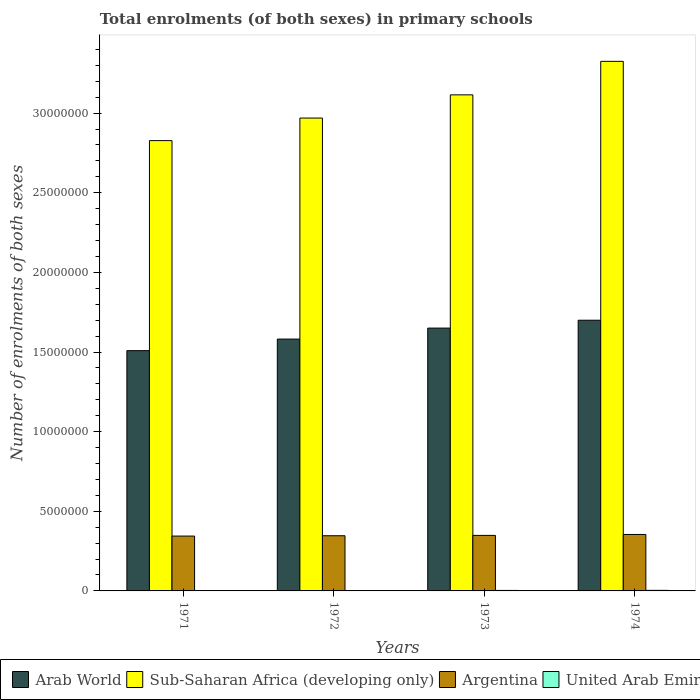
| Years | Arab World | Sub-Saharan Africa (developing only) | Argentina | United Arab Emirates |
 | --- | --- | --- | --- | --- |
 | 1971 | 1.51e+07 | 2.83e+07 | 3.44e+06 | 2.2e+04 |
 | 1972 | 1.58e+07 | 2.97e+07 | 3.46e+06 | 2.61e+04 |
 | 1973 | 1.65e+07 | 3.11e+07 | 3.49e+06 | 3.05e+04 |
 | 1974 | 1.7e+07 | 3.32e+07 | 3.54e+06 | 3.47e+04 |